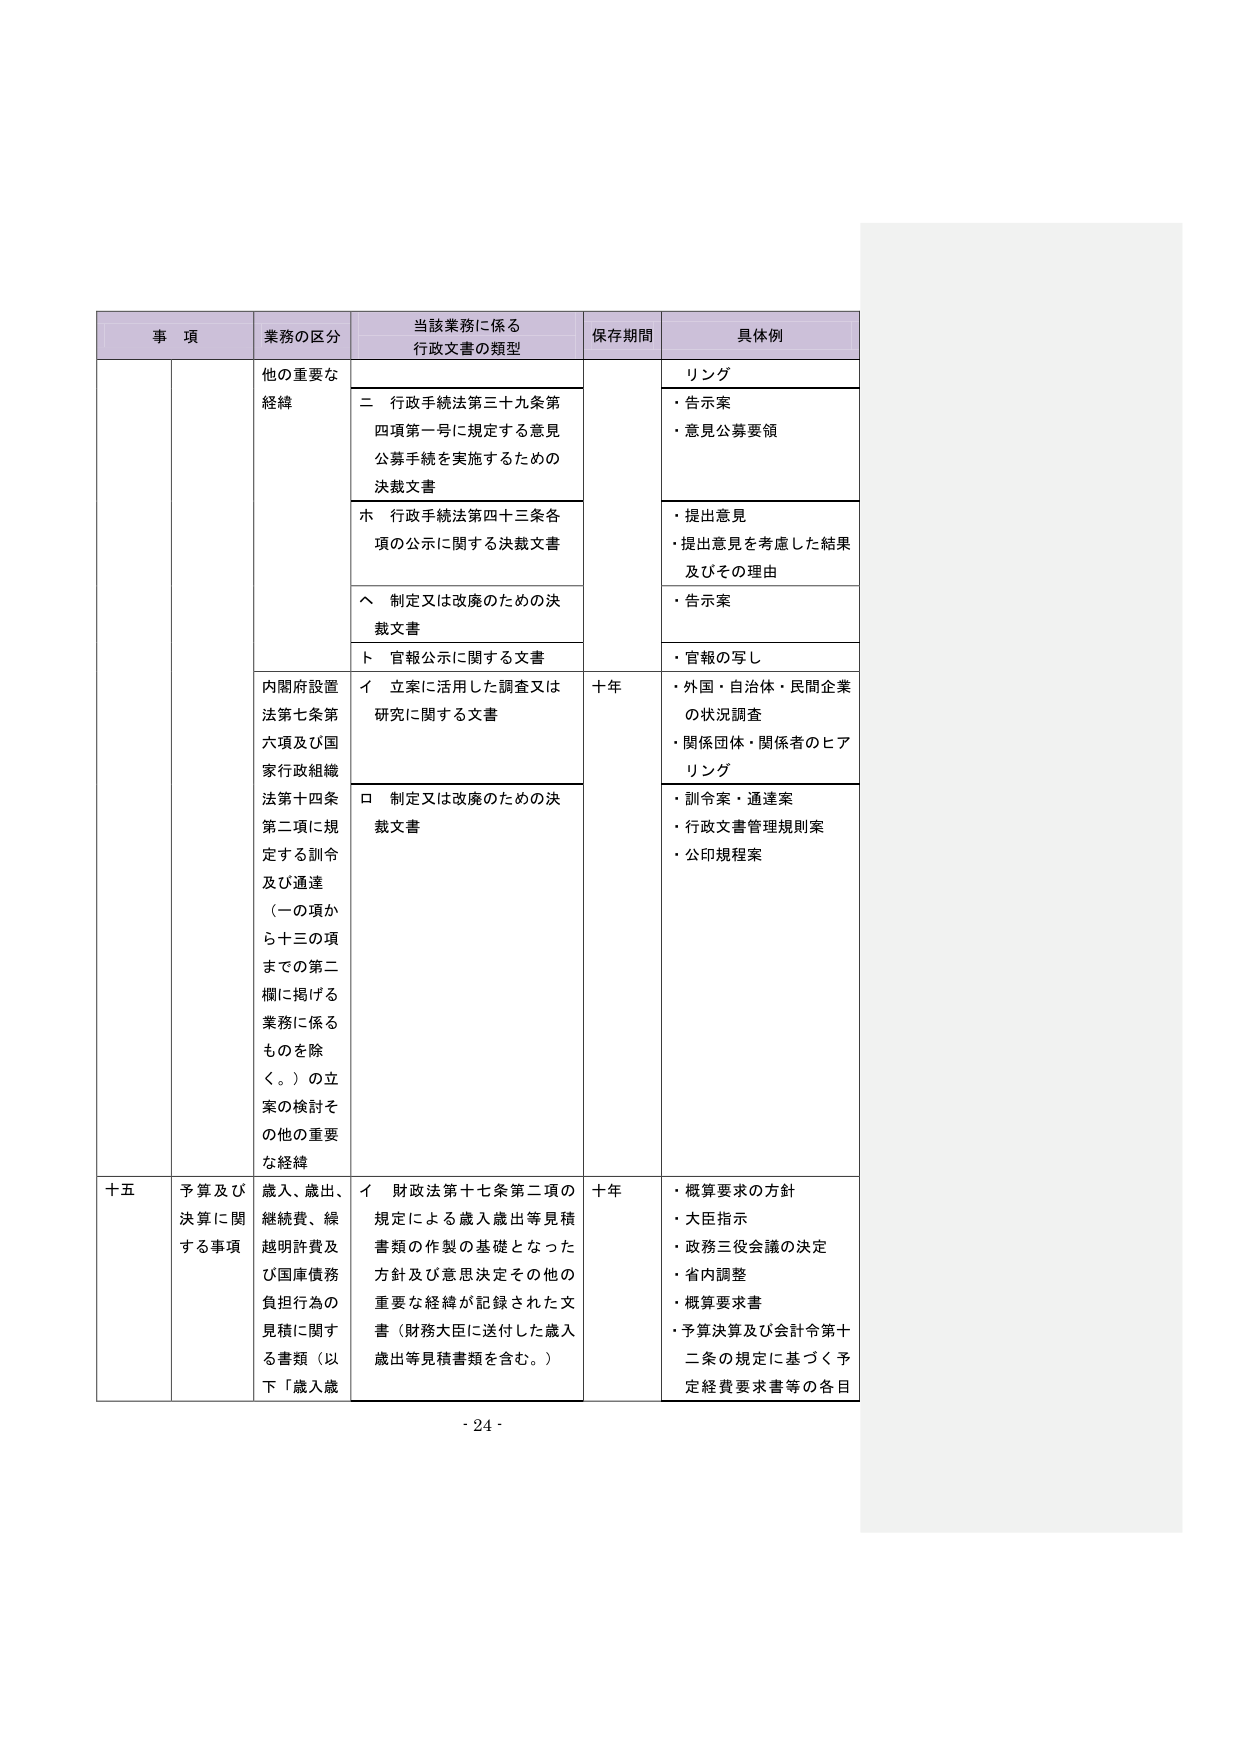
事 項 業務の区分 当該業務に係る 行政文書の類型 保存期間 具体例 他の重要な 経緯 二 行政手続法第三十九条第 四項第一号に規定する意見 公募手続を実施するための 決裁文書 リング ・告示案 ・意見公募要領 ホ 行政手続法第四十三条各 項の公示に関する決裁文書 ・提出意見 ・提出意見を考慮した結果 及びその理由 へ 制定又は改廃のための決 裁文書 ・告示案 ト 官報公示に関する文書 ・官報の写し 内閣府設置 法第七条第 六項及び国 家行政組織 法第十四条 第二項に規 定する訓令 及び通達 （一の項か ら十三の項 までの第二 欄に掲げる 業務に係る ものを除 く。）の立 案の検討そ の他の重要 な経緯 イ 立案に活用した調査又は 研究に関する文書 十年 ・外国・自治体・民間企業 の状況調査 ・関係団体・関係者のヒア リング ロ 制定又は改廃のための決 裁文書 ・訓令案・通達案 ・行政文書管理規則案 ・公印規程案 十五 予算及び 決算に関 する事項 歳入、歳出、 継続費、繰 越明許費及 び国庫債務 負担行為の 見積に関する書類（以 下「歳入歳 イ 財政法第十七条第二項の 規定による歳入歳出等見積 書類の作製の基礎となった 方針及び意思決定その他の 重要な経緯が記録された文 書（財務大臣に送付した歳入 歳出等見積書類を含む。） 十年 ・概算要求の方針 ・大臣指示 ・政務三役会議の決定 ・省内調整 ・概算要求書 ・予算決算及び会計令第十 二条の規定に基づく予 定経費要求書等の各目 - 24 -